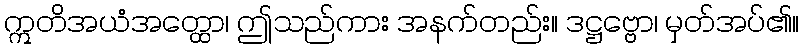
ဣတိအယံအတ္ထော၊ ဤသည်ကား အနက်တည်း။ ဒဋ္ဌဗ္ဗော၊ မှတ်အပ်၏။